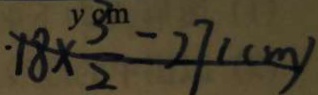
1 8 \times \frac { 3 } { 2 } = 2 7 ( c m )